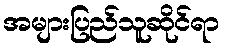
အများပြည်သူဆိုင်ရာ